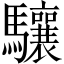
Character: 驤